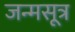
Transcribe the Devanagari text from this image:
जन्मसूत्र